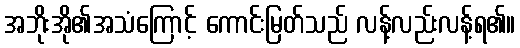
အဘိုးအို၏အသံကြောင့် ကောင်းမြတ်သည် လန့်လည်းလန့်ရ၏။